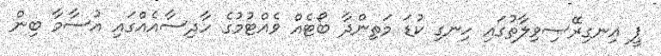
ޕީ އިނގިރޭސިވިލާތުގައި ހިނގި ކުޑަ މަތިންދާ ބޯޓެއް ވެއްޓުމުގެ ހާދިސާއެއްގައި އުސާމާ ބިން